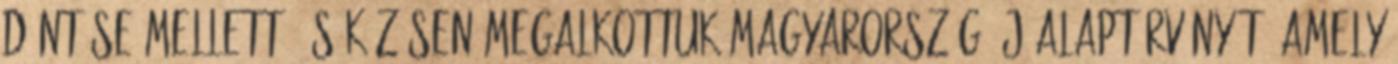
döntése mellett, és közösen megalkottuk Magyarország új alaptörvényét, amely